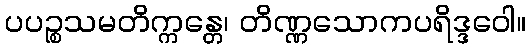
ပပဉ္စသမတိက္ကန္တေ၊ တိဏ္ဏသောကပရိဒ္ဒဝေါ။